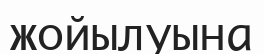
жойылуына